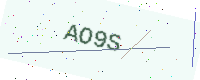
Text: AO9S